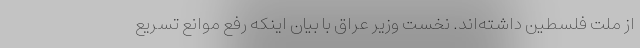
از ملت فلسطین داشته‌اند. نخست وزیر عراق با بیان اینکه رفع موانع تسریع